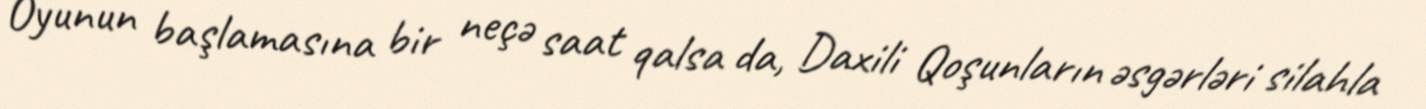
Oyunun başlamasına bir neçə saat qalsa da, Daxili Qoşunların əsgərləri silahla